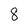
Character: 8